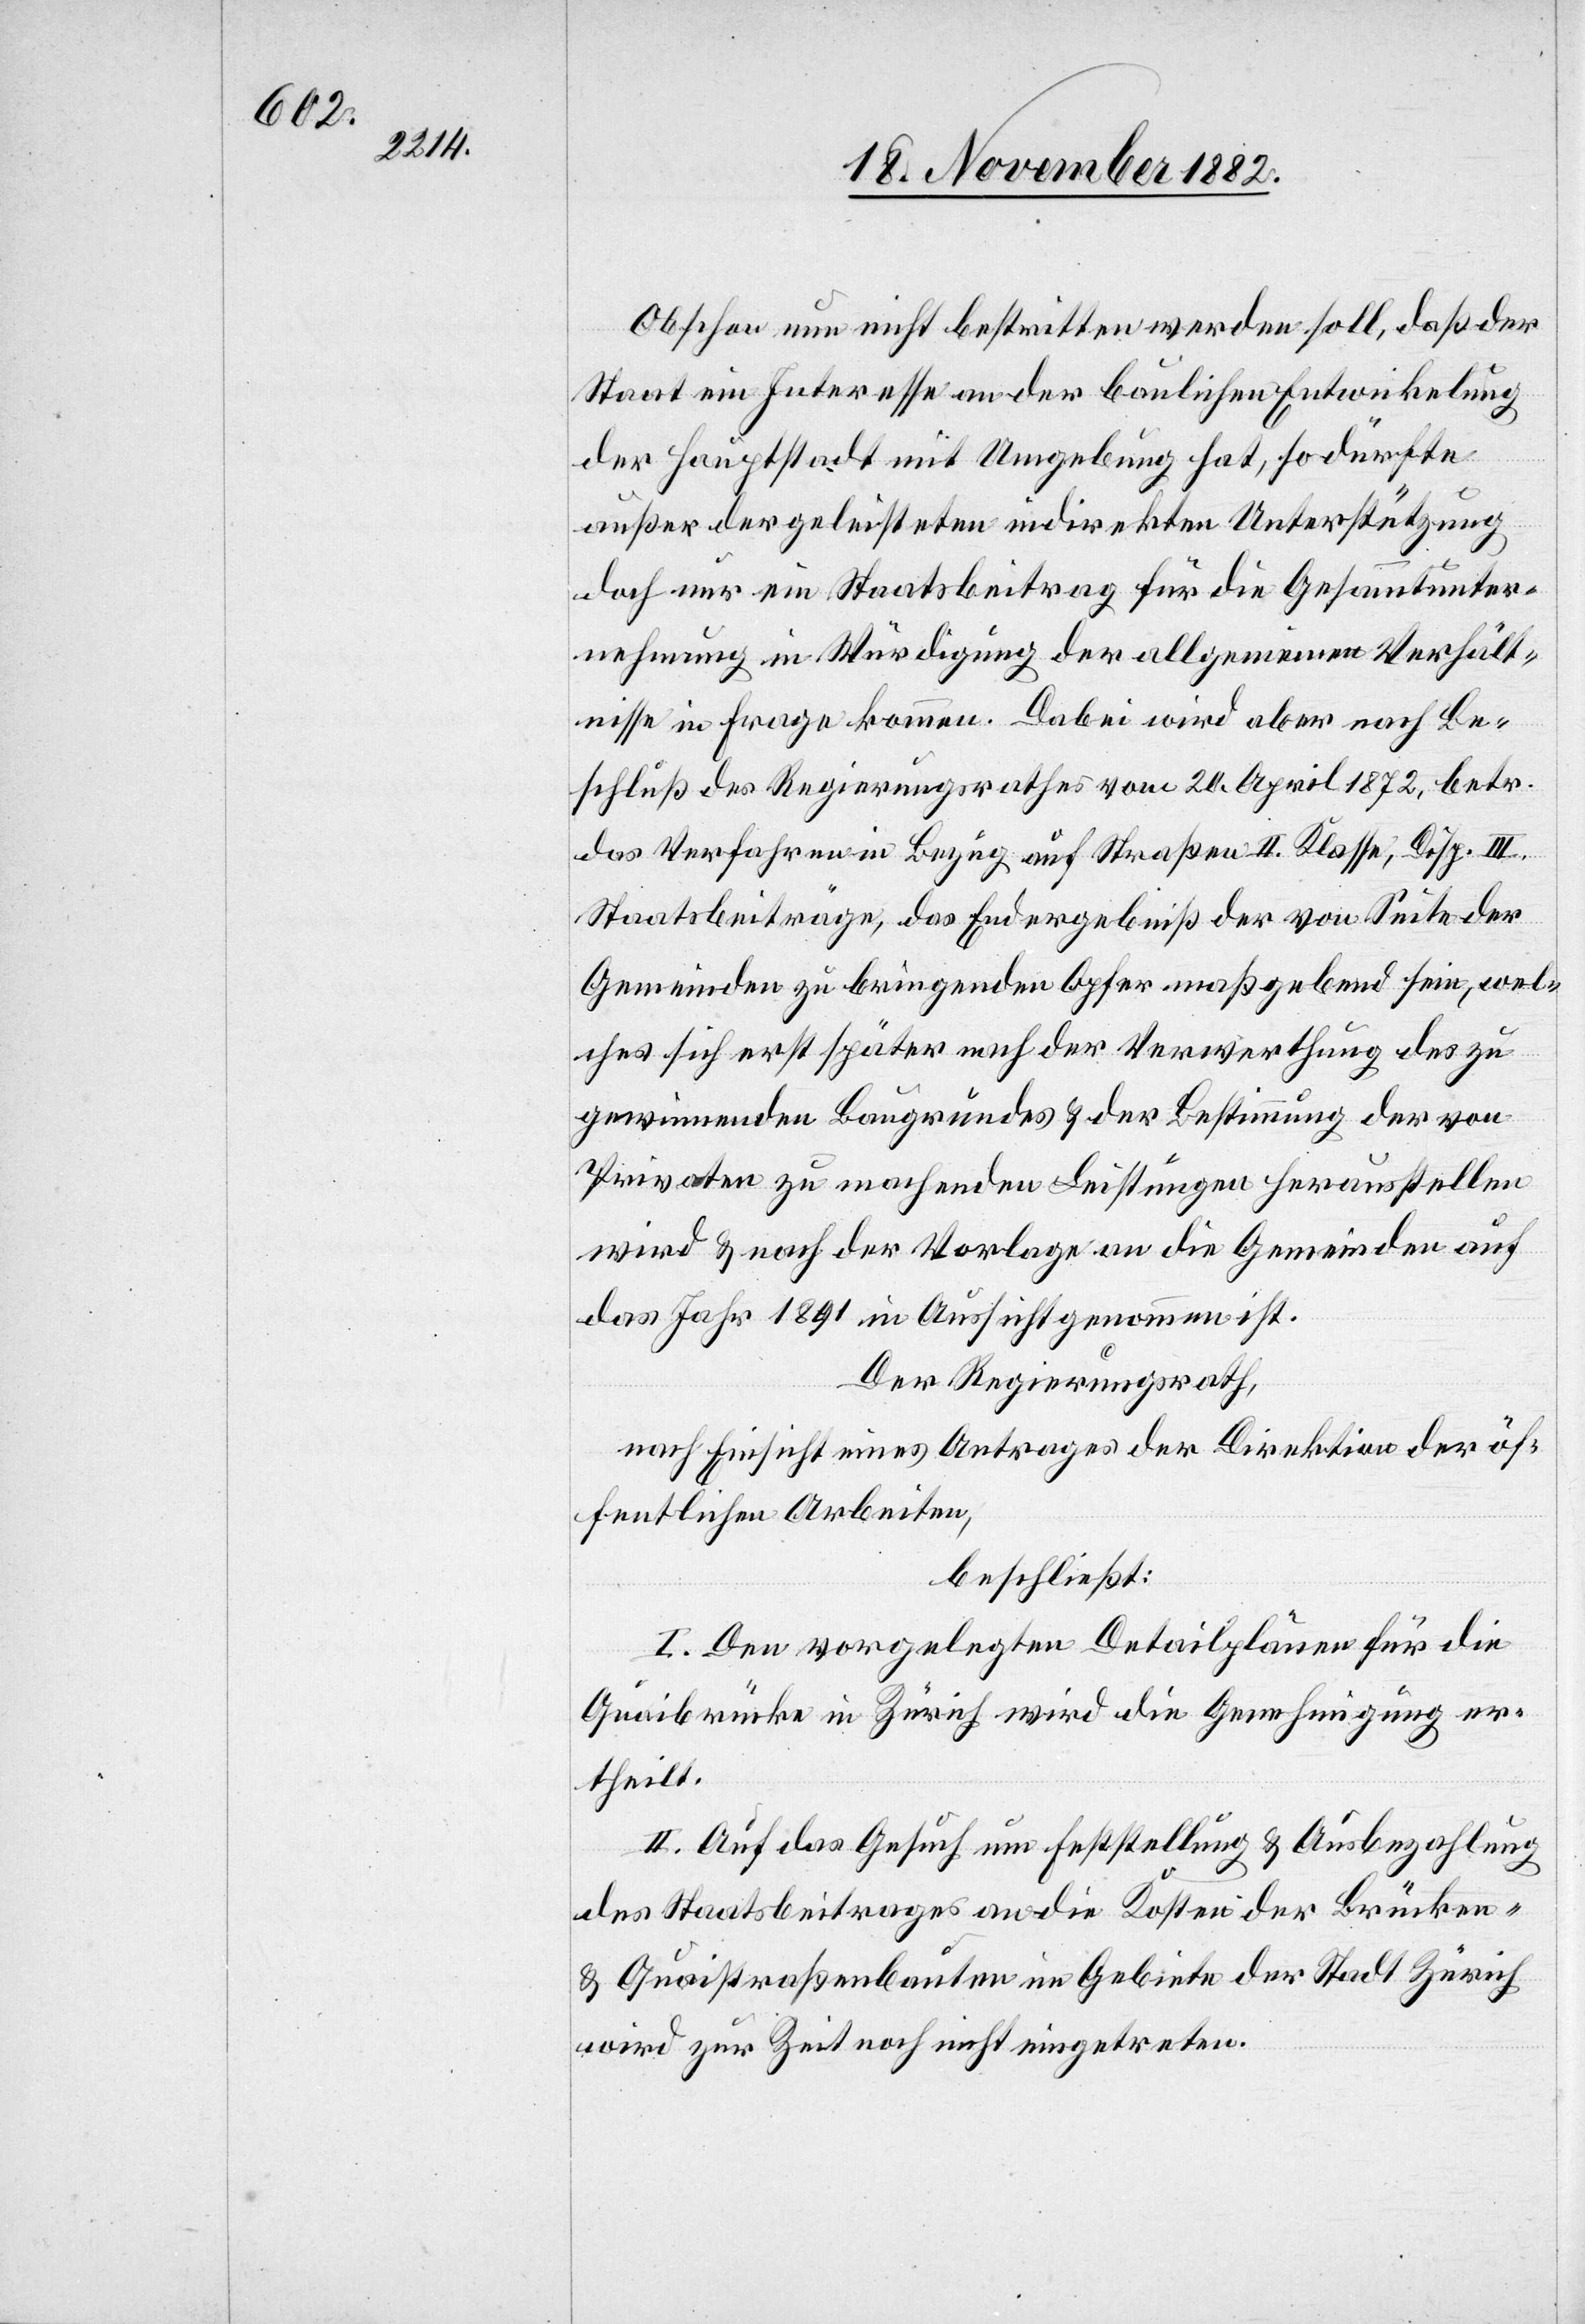
Obschon nun nicht bestritten werden soll, daß der
Staat ein Interesse an der baulichen Entwicklung
der Hauptstadt mit Umgebung hat, so dürfte
außer der geleisteten indirekten Unterstützung
doch nur ein Staatsbeitrag für die Gesammtunter¬
nehmung in Würdigung der allgemeinen Verhält¬
nisse in Frage kommen. Dabei wird aber nach Be¬
schluß des Regierungsrathes vom 20. April 1872, betr.
das Verfahren in Bezug auf Straßen II. Klasse, Disp. III.
Staatsbeiträge, das Endergebniß der von Seite der
Gemeinden zu bringenden Opfer maßgebend sein, wel¬
ches sich erst später nach der Verwerthung des zu
gewinnenden Baugrundes & der Bestimmung der von
Privaten zu machenden Leistungen herausstellen
wird & nach der Vorlage an die Gemeinden auf
das Jahr 1891 in Aussicht genommen ist.
Der Regierungsrath,
nach Einsicht eines Antrages der Direktion der öf¬
fentlichen Arbeiten,
beschließt:
I. Den vorgelegten Detailplänen für die
Quaibrücke in Zürich wird die Genehmigung er¬
theilt.
II. Auf das Gesuch um Feststellung & Ausbezahlung
des Staatsbeitrages an die Kosten der Brücken-
& Quaistraßenbauten im Gebiete der Stadt Zürich
wird zur Zeit noch nicht eingetreten.